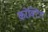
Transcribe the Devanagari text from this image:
करेक्टिंग